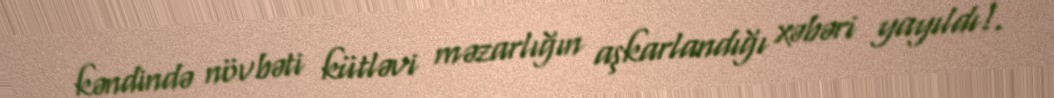
kəndində növbəti kütləvi məzarlığın aşkarlandığı xəbəri yayıldı!.